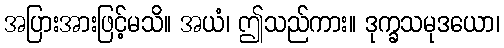
အပြားအားဖြင့်မသိ။ အယံ၊ ဤသည်ကား။ ဒုက္ခသမုဒယော၊